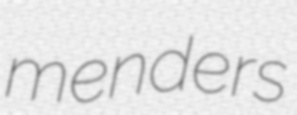
menders